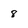
Character: 8